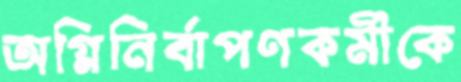
অগ্নিনির্বাপণকর্মীকে